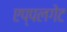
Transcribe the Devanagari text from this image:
एप्पलगेट